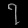
Digit: ၇